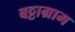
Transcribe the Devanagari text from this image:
बट्टाग्राम